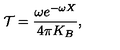
{ \cal T } = \frac { \omega e ^ { - \omega X } } { 4 \pi K _ { B } } ,